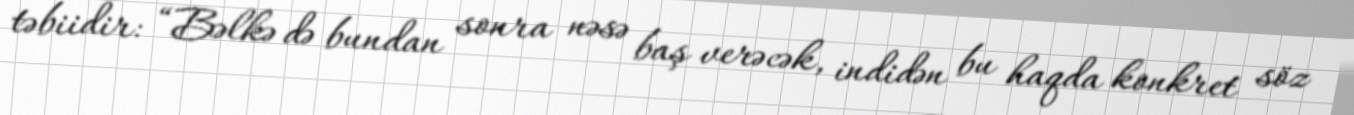
təbiidir: “Bəlkə də bundan sonra nəsə baş verəcək, indidən bu haqda konkret söz